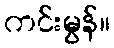
ကင်းမွန်။